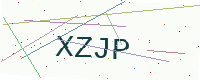
Text: XZJP